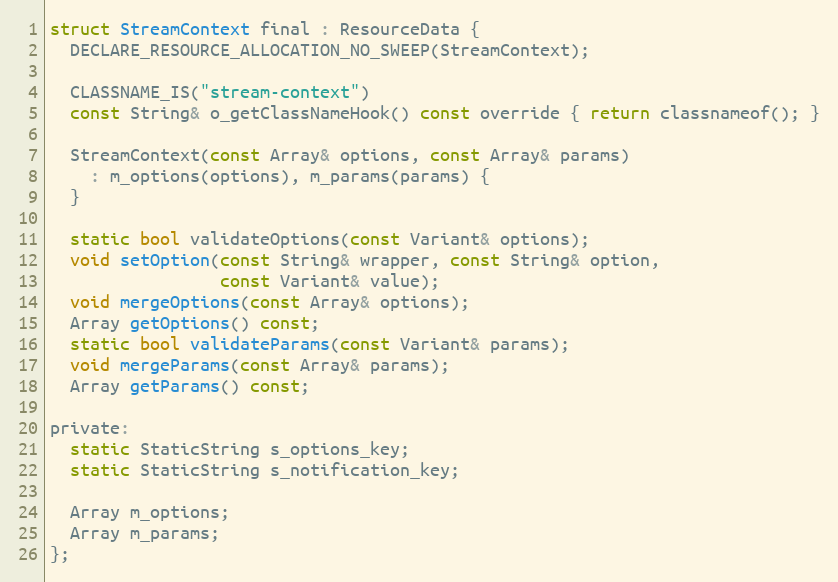
Language: C
struct StreamContext final : ResourceData {
  DECLARE_RESOURCE_ALLOCATION_NO_SWEEP(StreamContext);

  CLASSNAME_IS("stream-context")
  const String& o_getClassNameHook() const override { return classnameof(); }

  StreamContext(const Array& options, const Array& params)
    : m_options(options), m_params(params) {
  }

  static bool validateOptions(const Variant& options);
  void setOption(const String& wrapper, const String& option,
                 const Variant& value);
  void mergeOptions(const Array& options);
  Array getOptions() const;
  static bool validateParams(const Variant& params);
  void mergeParams(const Array& params);
  Array getParams() const;

private:
  static StaticString s_options_key;
  static StaticString s_notification_key;

  Array m_options;
  Array m_params;
};